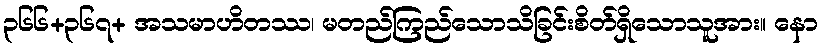
၃၆၆+၃၆၇+ အသမာဟိတဿ၊ မတည်ကြည်သောသိခြင်းစိတ်ရှိသောသူအား။ နော